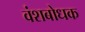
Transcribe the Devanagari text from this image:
वंशबोधक